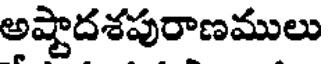
అష్టాదశపురాణములు